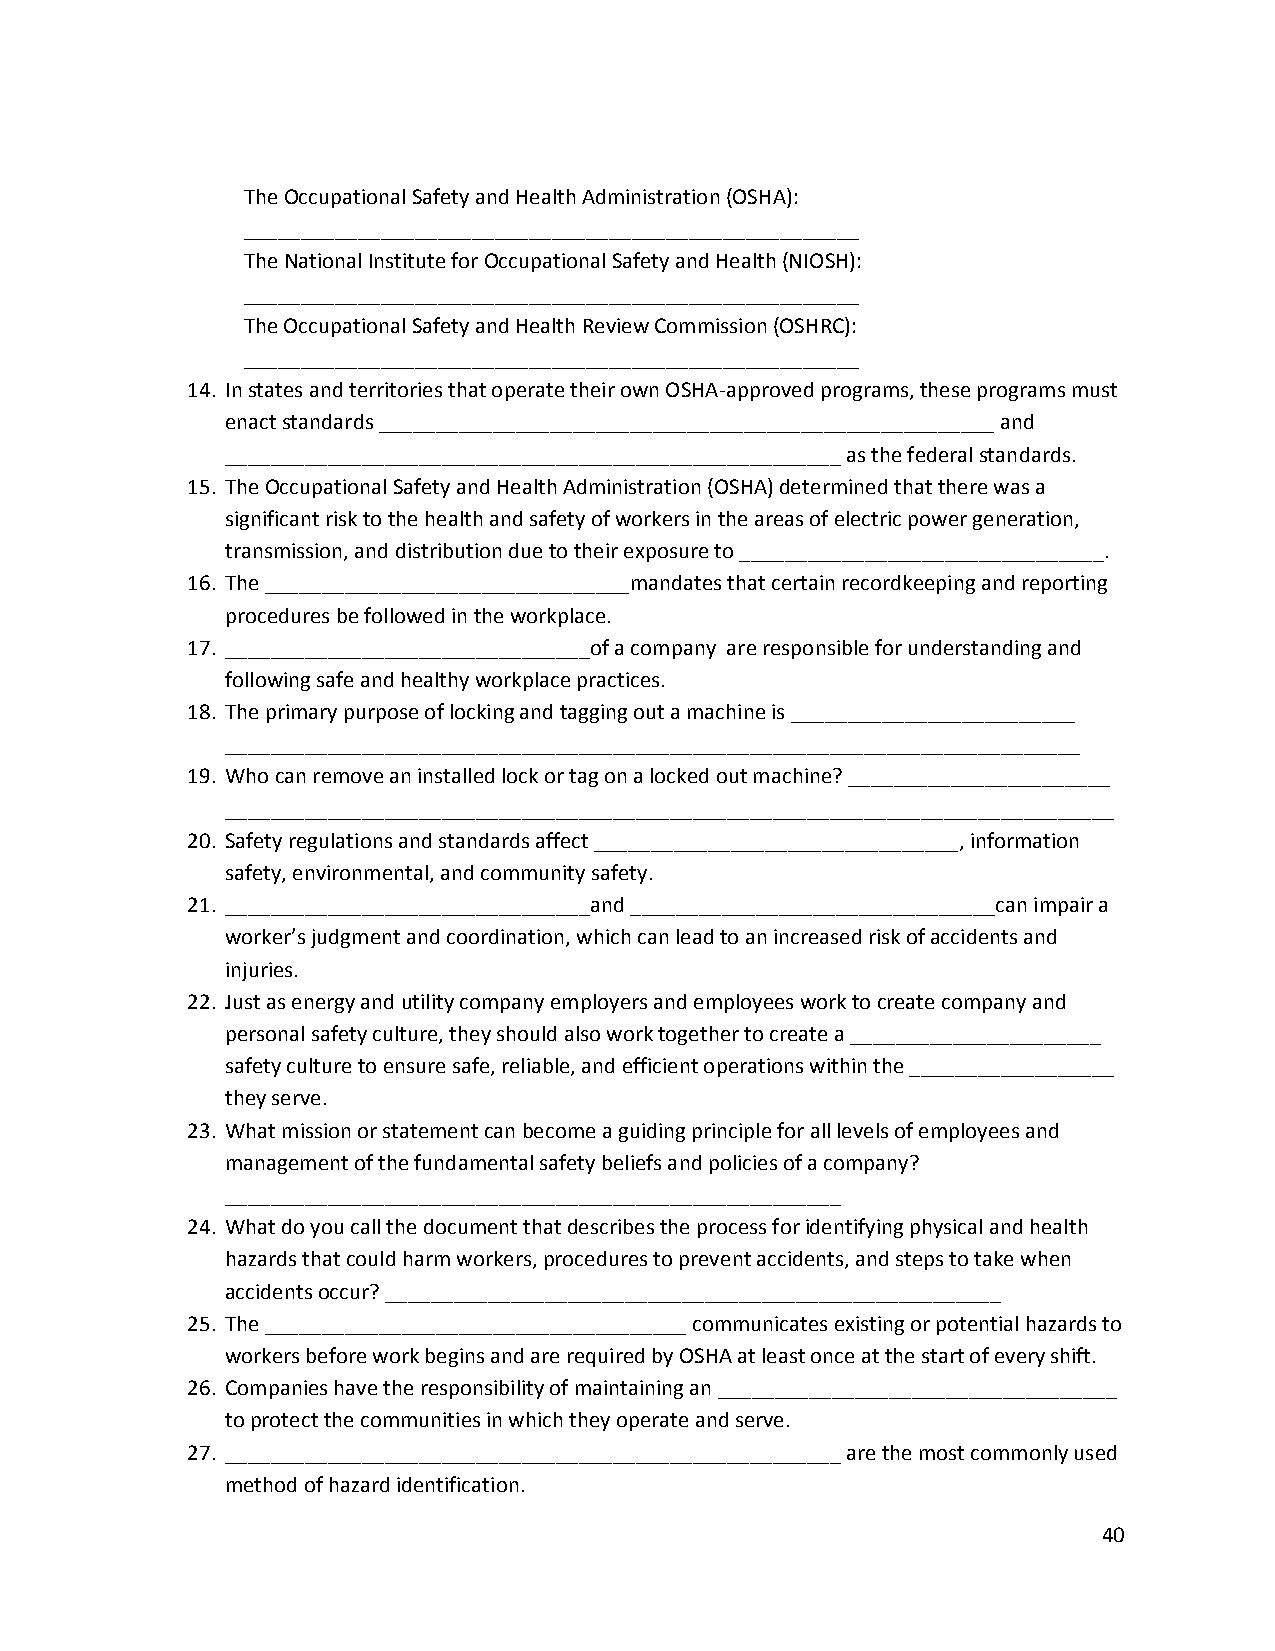
The Occupational Safety and Health Administration (OSHA):
 ______________________________________________________
 The National Institute for Occupational Safety and Health (NIOSH):
 ______________________________________________________
 The Occupational Safety and Health Review Commission (OSHRC):
 ______________________________________________________
 14. In states and territories that operate their own OSHA‐approved programs, these programs must
 enact standards ______________________________________________________ and
 ______________________________________________________ as the federal standards.
 15. The Occupational Safety and Health Administration (OSHA) determined that there was a
 significant risk to the health and safety of workers in the areas of electric power generation,
 transmission, and distribution due to their exposure to ________________________________.
 16. The ________________________________mandates that certain recordkeeping and reporting
 procedures be followed in the workplace.
 17. ________________________________of a company are responsible for understanding and
 following safe and healthy workplace practices.
 18. The primary purpose of locking and tagging out a machine is _________________________
 ___________________________________________________________________________
 19. Who can remove an installed lock or tag on a locked out machine? _______________________
 ______________________________________________________________________________
 20. Safety regulations and standards affect ________________________________, information
 safety, environmental, and community safety.
 21. ________________________________and ________________________________can impair a
 worker’s judgment and coordination, which can lead to an increased risk of accidents and
 injuries.
 22. Just as energy and utility company employers and employees work to create company and
 personal safety culture, they should also work together to create a ______________________
 safety culture to ensure safe, reliable, and efficient operations within the __________________
 they serve.
 23. What mission or statement can become a guiding principle for all levels of employees and
 management of the fundamental safety beliefs and policies of a company?
 ______________________________________________________
 24. What do you call the document that describes the process for identifying physical and health
 hazards that could harm workers, procedures to prevent accidents, and steps to take when
 accidents occur? ______________________________________________________
 25. The _____________________________________ communicates existing or potential hazards to
 workers before work begins and are required by OSHA at least once at the start of every shift.
 26. Companies have the responsibility of maintaining an ___________________________________
 to protect the communities in which they operate and serve.
 27. ______________________________________________________ are the most commonly used
 method of hazard identification.
 40